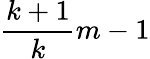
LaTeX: {\frac{k+1}{k}}m-1